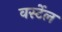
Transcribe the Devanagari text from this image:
वर्स्टेल